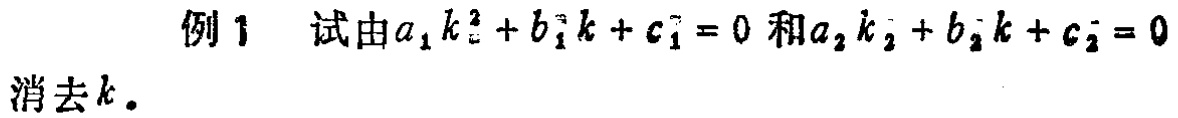
例 1 试由\(a_{1}k^{2}+b_{1}k + c_{1}=0\)和\(a_{2}k + b_{2}k + c_{2}=0\)消去\(k\)。